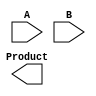
module Multiplier_PPA(
    input   [7:0]   A,
    input   [7:0]   B,
    output  [15:0]  Product
);
    // put your design here
    
endmodule